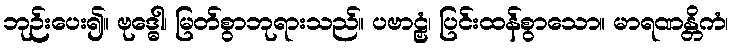
ဘုဉ်းပေး၍။ ဗုဒ္ဓေါ၊ မြတ်စွာဘုရားသည်။ ပဗာဠှံ၊ ပြင်းထန်စွာသော။ မာရဏန္တိကံ၊